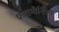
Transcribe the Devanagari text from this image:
फ्लामीनिओ